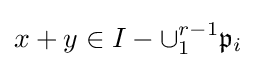
x+y\in I-\cup _{1}^{r-1}{\mathfrak {p}}_{i}